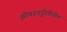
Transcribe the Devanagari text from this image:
झोपडपट्टीतीतील